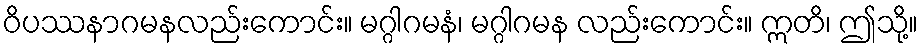
ဝိပဿနာဂမနလည်းကောင်း။ မဂ္ဂါဂမနံ၊ မဂ္ဂါဂမန လည်းကောင်း။ ဣတိ၊ ဤသို့။